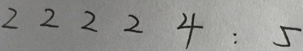
2 2 2 2 4 : 5